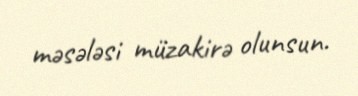
məsələsi müzakirə olunsun.